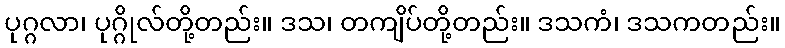
ပုဂ္ဂလာ၊ ပုဂ္ဂိုလ်တို့တည်း။ ဒသ၊ တကျိပ်တို့တည်း။ ဒသကံ၊ ဒသကတည်း။